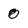
Character: 0